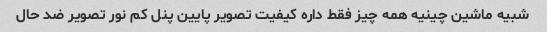
شبیه ماشین چینیه همه چیز فقط داره کیفیت تصویر پایین پنل کم نور تصویر ضد حال